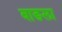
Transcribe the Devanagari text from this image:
बाङला